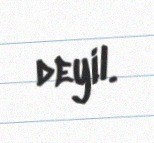
deyil.